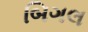
બિગલ